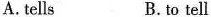
A.tells B. to tell